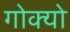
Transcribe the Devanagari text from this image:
गोक्यो